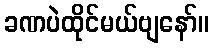
ခဏပဲထိုင်မယ်ဗျနော်။